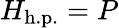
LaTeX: H_{\mathrm{h.p.}}=P